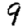
Digit: 9